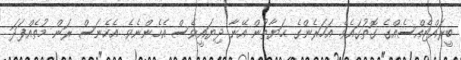
ބީރައްޓެއްސެއްގެ ގޮތުގައެވެ. އަހަރެންގެ ޙަޔާތުން އޭނާ ދިޔައީވެސް އެހެންނެވެ. އެހެނަސް ރަން މުތެއްފަދަ